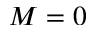
M = 0